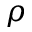
\rho